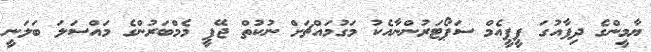
ޔާމީންގެ ދިފާއުގަ ޕީޕީއެމް ސަޕޯޓަރުންނާއެކު މަގުމައްޗަށް ނުކުތް ޖޭޕީ މެމްބަރުންގެ މައްސަލަ ބަލަނީ